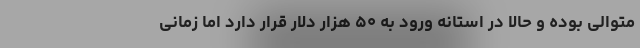
متوالی بوده و حالا در استانه ورود به ۵۰ هزار دلار قرار دارد اما زمانی